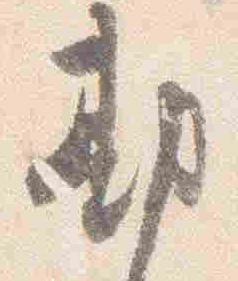
勘